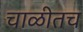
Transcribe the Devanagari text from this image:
चाळीतच